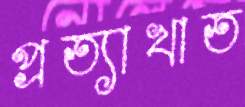
প্রত্যাখাত